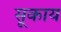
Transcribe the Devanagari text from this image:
सूकाय